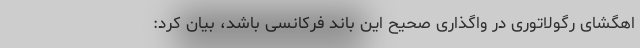
اهگشای رگولاتوری در واگذاری صحیح این باند فرکانسی باشد، بیان کرد: